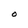
Character: O